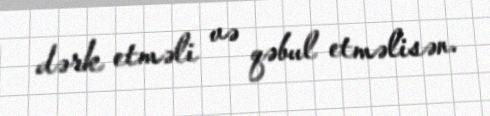
dərk etməli və qəbul etməlisən.